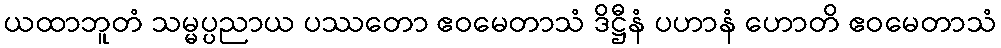
ယထာဘူတံ သမ္မပ္ပညာယ ပဿတော ဧဝမေတာသံ ဒိဋ္ဌီနံ ပဟာနံ ဟောတိ ဧဝမေတာသံ